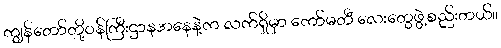
ကျွန်တော်တို့ဝန်ကြီးဌာနအနေနဲ့က လက်ရှိမှာ ကော်မတီ လေးတွေဖွဲ့စည်းတယ်။